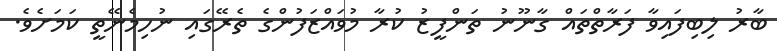
ބާރު ލިބިފައިވާ ފަރާތްތައް ގާނޫނު ތަންފީޒު ކުރާ މުވައްޒަފުންގެ ތެރޭގައި ނުހިމެނޭތީ ކަމަށެވެ.